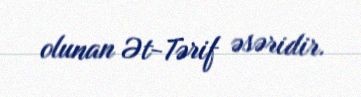
olunan Ət-Tərif əsəridir.